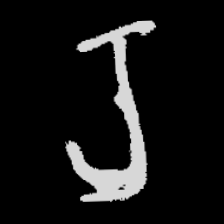
Pyu character \u2014 Myanmar letter: ရ (romanized: ra)